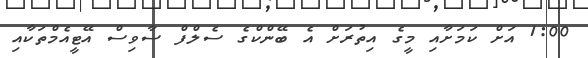
1:00 އަށް ކަމަށާއި މީގެ އިތުރަށް އެ ބޭންކްގެ ސެލްފް ސާވިސް އޭޓީއެމްތަކާއި